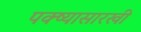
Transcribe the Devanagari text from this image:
पक्ष्यासारखी